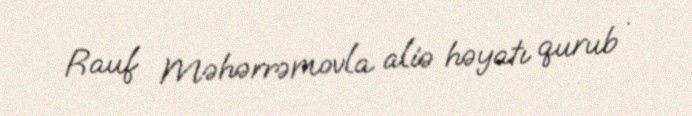
Rauf Məhərrəmovla aliə həyatı qurub .